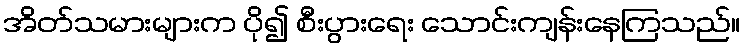
အိတ်သမားများက ပို၍ စီးပွားရေး သောင်းကျန်းနေကြသည်။